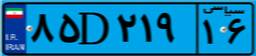
۸۵D۲۱۹۱۶